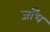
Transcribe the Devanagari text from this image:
जाँध